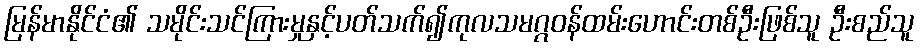
မြန်မာနိုင်ငံ၏ သမိုင်းသင်ကြားမှုနှင့်ပတ်သက်၍ကုလသမဂ္ဂဝန်ထမ်းဟောင်းတစ်ဦးဖြစ်သူ ဦးစည်သူ